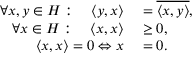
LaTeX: \begin{array} { r l } { \forall x , y \in H : \quad \langle y , x \rangle } & { { } = { \overline { { \langle x , y \rangle } } } , } \\ { \forall x \in H : \quad \langle x , x \rangle } & { { } \geq 0 , } \\ { \langle x , x \rangle = 0 \Leftrightarrow x } & { { } = 0 . } \end{array}